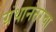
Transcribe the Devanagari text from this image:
ग्रंथानंतरचा